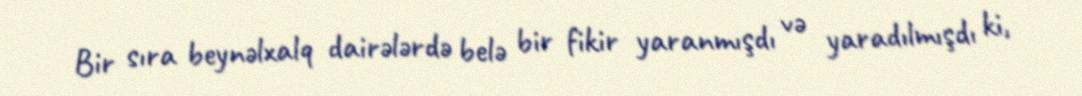
Bir sıra beynəlxalq dairələrdə belə bir fikir yaranmışdı və yaradılmışdı ki,